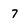
Character: 7